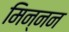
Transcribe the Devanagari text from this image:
मिन्नन